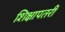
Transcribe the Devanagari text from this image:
शिक्षापतरी